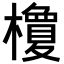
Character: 𣞭